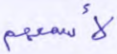
لأسمعهم